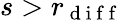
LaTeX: s>r_{\mathrm{~d~i~f~f~}}